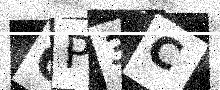
Text: GP3C